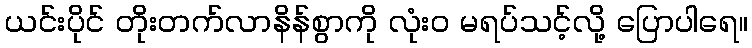
ယင်းပိုင် တိုးတက်လာနိန်စွာကို လုံးဝ မရပ်သင့်လို့ ပြောပါရေ။